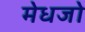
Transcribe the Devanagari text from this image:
मेधजो